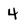
Character: 4